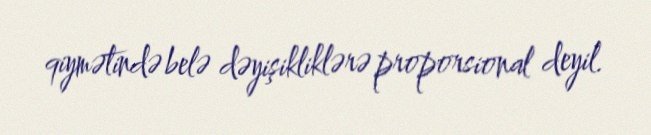
qiymətində belə dəyişikliklərə proporsional deyil.